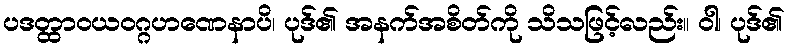
ပဒတ္ထာဝယဝဂ္ဂဟဏေနာပိ၊ ပုဒ်၏ အနက်အစိတ်ကို သိသဖြင့်လည်း။ ဝါ၊ ပုဒ်၏